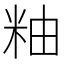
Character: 粙